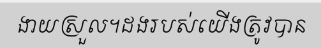
ងាយស្រួល។ដងរបស់យើងត្រូវបាន